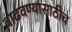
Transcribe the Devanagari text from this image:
वाढवण्यासाठीच